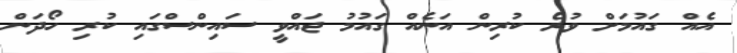
އެއް ގައުމަށް ވުރެ ކުރިން އަނެއް ގައުމު ޖައްވީ ސައިންސްގައި ކުރި ހޯދަން